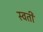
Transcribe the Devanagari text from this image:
स्वती